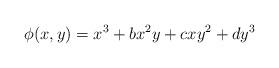
LaTeX: \begin{align*} \phi(x,y) = x^3 + bx^2 y + cx y^2 + dy^3\end{align*}